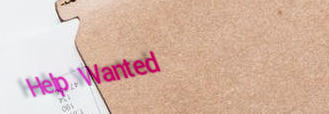
Help Wanted